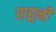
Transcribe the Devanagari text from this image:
राहूनी